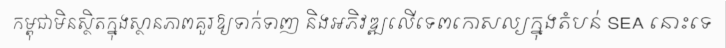
កម្ពុជាមិនស្ថិតក្នុងស្ថានភាពគួរឱ្យទាក់ទាញ និងអភិវឌ្ឍលើទេពកោសល្យក្នុងតំបន់ SEA នោះទេ